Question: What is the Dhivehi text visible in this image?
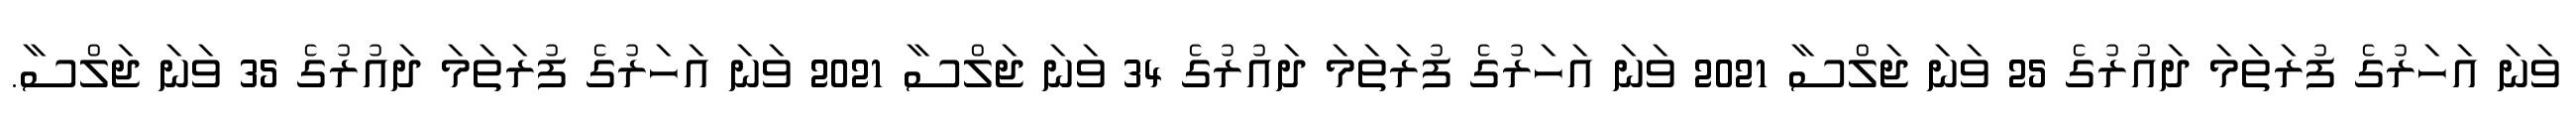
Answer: ވަނަ އަހަރުގެ ފުރަތަމަ ދައުރުގެ 25 ވަނަ ޖަލްސާ 2021 ވަނަ އަހަރުގެ ފުރަތަމަ ދައުރުގެ 34 ވަނަ ޖަލްސާ 2021 ވަނަ އަހަރުގެ ފުރަތަމަ ދައުރުގެ 35 ވަނަ ޖަލްސާ.